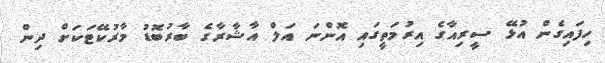
ހިފައިގެން އުޅޭ ސީރިއާގެ އިރުމަތީގައި އޮންނަ އަލް އާޝާރާގެ ބާރުބޮޑު މާރުކޭޓަކަށް ދިން